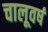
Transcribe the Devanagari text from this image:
चालूवर्ष